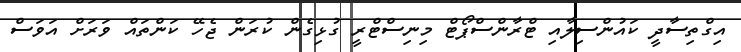
އިގްތިސާދީ ކައުންސިލާއި ޓްރާންސްޕޯޓް މިނިސްޓްރީ ގުޅިގެން ކުރަން ޖެހޭ ކަންތައް ވަރަށް އަވަސް